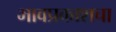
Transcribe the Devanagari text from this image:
भावप्रकाशचा